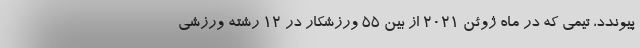
پیوندد، تیمی که در ماه ژوئن 2021 از بین 55 ورزشکار در 12 رشته ورزشی